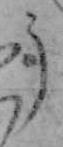
う